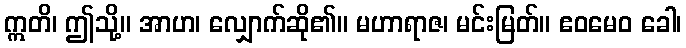
ဣတိ၊ ဤသို့။ အာဟ၊ လျှောက်ဆို၏။ မဟာရာဇ၊ မင်းမြတ်။ ဧဝမေဝ ခေါ၊